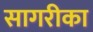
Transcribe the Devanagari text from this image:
सागरीका